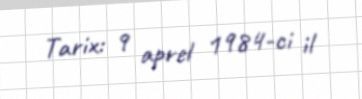
Tarix: 9 aprel 1984-ci il